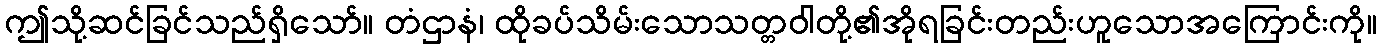
ဤသို့ဆင်ခြင်သည်ရှိသော်။ တံဌာနံ၊ ထိုခပ်သိမ်းသောသတ္တဝါတို့၏အိုရခြင်းတည်းဟူသောအကြောင်းကို။